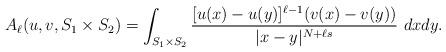
LaTeX: \begin{align*} A_\ell(u,v,S_1\times S_2)= \int_{S_1\times S_2}\frac{[u(x)-u(y)]^{\ell-1}(v(x)-v(y))}{|x-y|^{N+\ell s}}~dxdy. \end{align*}